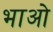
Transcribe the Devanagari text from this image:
भाओ